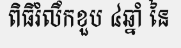
ពិធីរំលឹកខួប ៤ឆ្នាំ នៃ